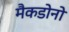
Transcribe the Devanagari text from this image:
मैकडोनो